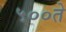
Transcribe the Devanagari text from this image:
५००ते